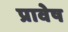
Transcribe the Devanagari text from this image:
प्रावेष